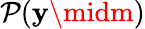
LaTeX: \mathcal{P}(\mathbf{{y}}\midm)